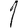
Digit: 1